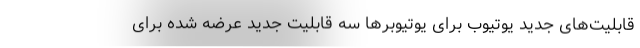
قابلیت‌‌های جدید یوتیوب برای یوتیوبرها سه قابلیت جدید عرضه شده برای